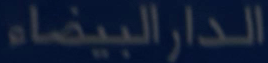
الدارالبيضاء